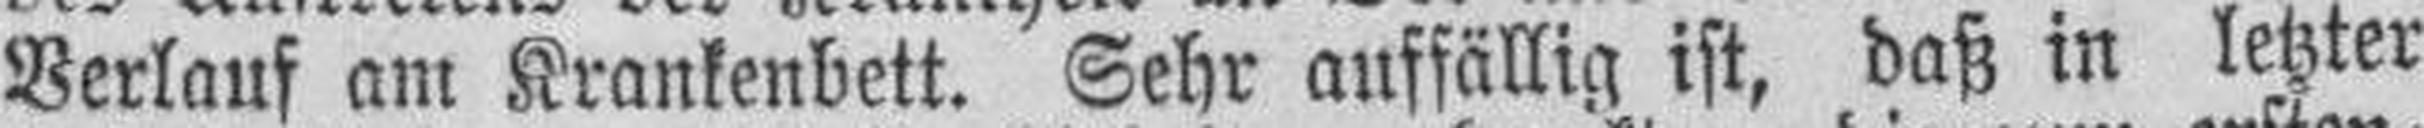
Verlauf am Krankenbett. Sehr auffällig ist, daß in letzter